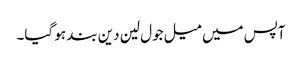
آپس میں میل جول لین دین بند ہو گیا۔